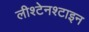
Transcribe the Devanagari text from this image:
लीश्टेनश्टाइन